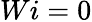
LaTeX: Wi=0